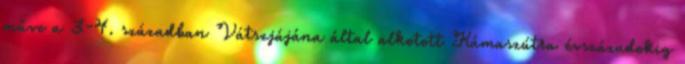
műve a 3-4. században Vátszjájána által alkotott Kámaszútra évszázadokig